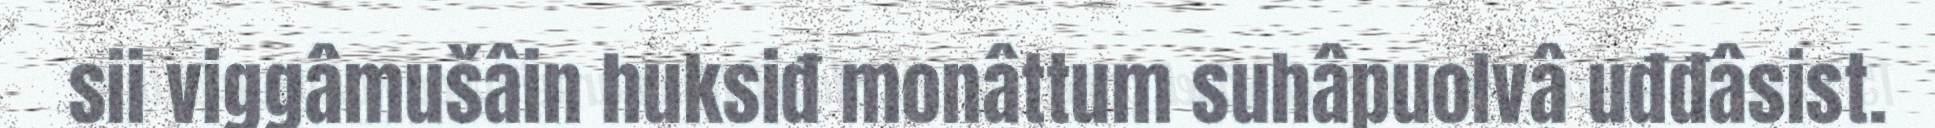
sii viggâmušâin huksiđ monâttum suhâpuolvâ uđđâsist.